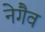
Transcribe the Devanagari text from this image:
नेगैव